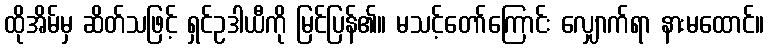
ထိုအိမ်မှ ဆိတ်သဖြင့် ရှင်ဥဒါယီကို မြင်ပြန်၏။ မသင့်တော်ကြောင်း လျှောက်ရာ နားမထောင်။